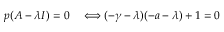
\begin{array} { r l } { p ( A - \lambda I ) = 0 } & { { } \Longleftrightarrow ( - \gamma - \lambda ) ( - a - \lambda ) + 1 = 0 } \end{array}